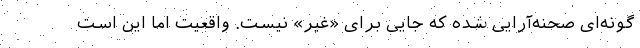
گونه‌ای صحنه‌آرایی شده که جایی برای «غیر» نیست. واقعیت اما این است